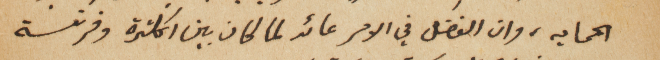
الحمايه، وان الفضل في الامر عائد لما كان بين انكلترة وفرنسة